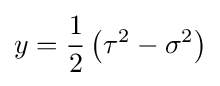
y={\frac {1}{2}}\left(\tau ^{2}-\sigma ^{2}\right)